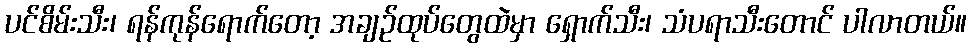
ပင်စိမ်းသီး၊ ရန်ကုန်ရောက်တော့ အချဉ်ထုပ်တွေထဲမှာ ရှောက်သီး၊ သံပရာသီးတောင် ပါလာတယ်။